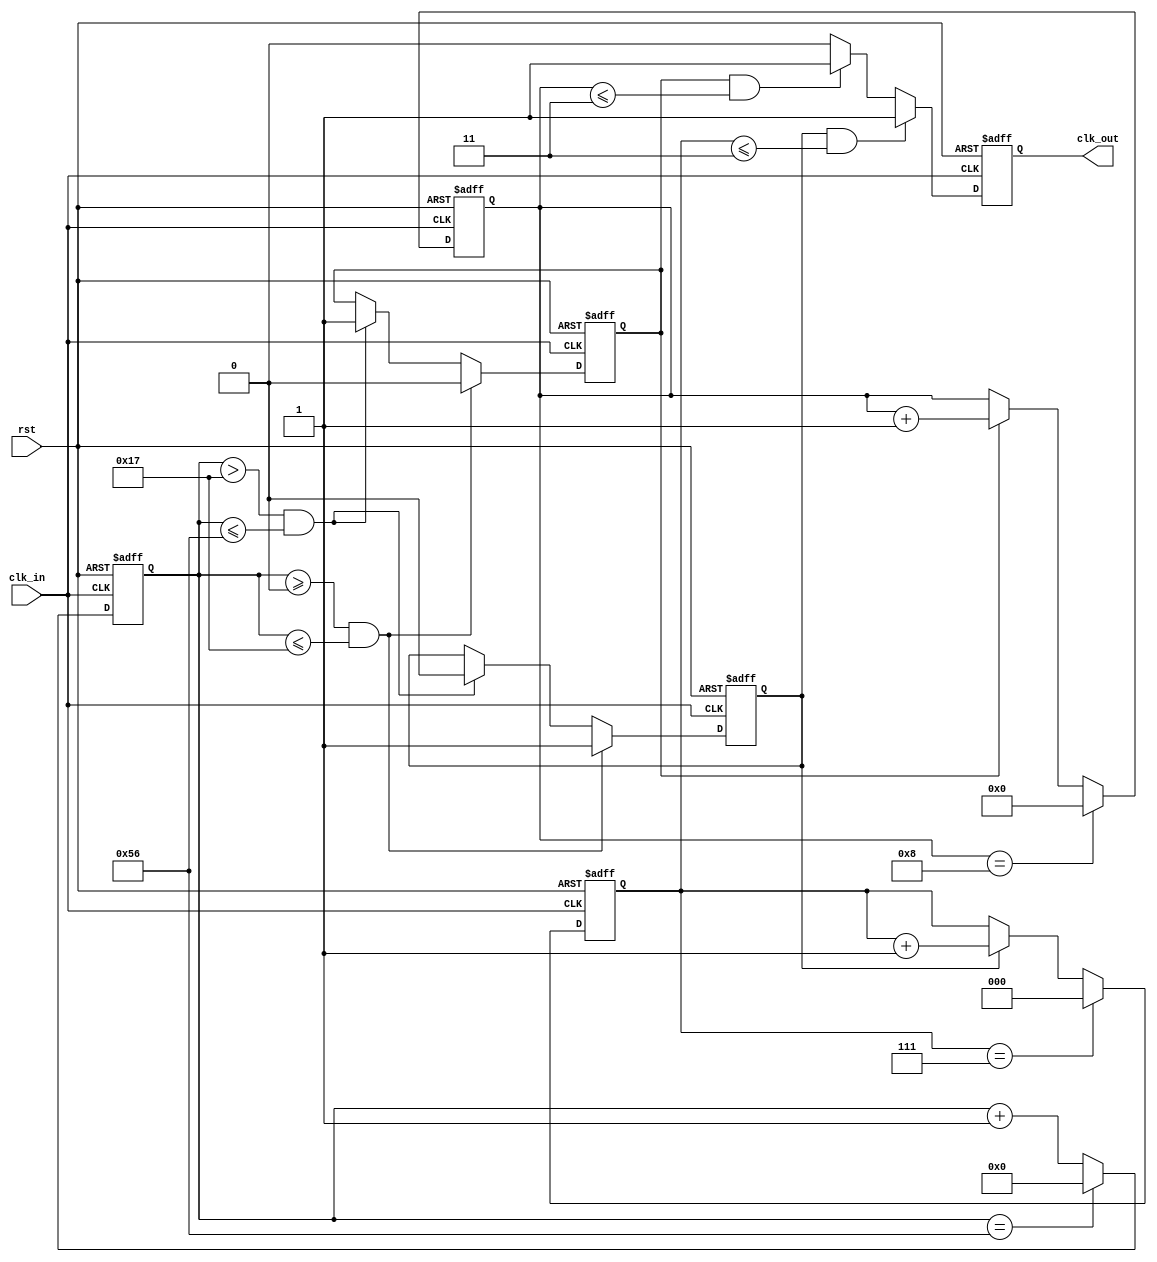
`timescale 1ns / 1ps
//////////////////////////////////////////////////////////////////////////////////
// Company: 
// Engineer: 
// 
// Design Name: 
// Module Name: div_M_N
// Project Name: 
// Target Devices: 
// Tool Versions: 
// Description: 
// 
// Dependencies: 
// 
// Revision:
// Revision 0.01 - File Created
// Additional Comments:
// 
//////////////////////////////////////////////////////////////////////////////////


module div_M_N(
    input   wire    clk_in,
    input   wire    rst,
    output  wire    clk_out
    );

parameter M_N = 8'd87; //clk_outclk_in
parameter c89 = 8'd24; // 8/9
parameter div_e = 5'd8; //
parameter div_o = 5'd9; //
parameter CLK_COUNTER_WIDTH = $clog2(M_N);
parameter EVEN_COUNTER_WIDTH = $clog2(div_e);
parameter ODD_COUNTER_WIDTH = $clog2(div_o);

reg                                 clk_outBuffer;
reg     [CLK_COUNTER_WIDTH - 1:0]   clkCounter;
reg     [EVEN_COUNTER_WIDTH - 1:0]  evenCounter;
reg     [ODD_COUNTER_WIDTH - 1:0]   oddCounter;
reg                                 evenCounterEna;
reg                                 oddCounterEna;

always @(posedge clk_in or negedge rst) 
    if(!rst)
        clkCounter <= {CLK_COUNTER_WIDTH{1'b0}};
    else if(clkCounter == M_N - 1)
        clkCounter <= {CLK_COUNTER_WIDTH{1'b0}};
    else
        clkCounter <= clkCounter + 1;

always @(posedge clk_in or negedge rst) 
    if(!rst)
        begin
            evenCounterEna = 1'b0;
            oddCounterEna = 1'b0;
        end
    else if(clkCounter >= 0 && clkCounter <= c89 - 1)
        begin
            evenCounterEna = 1'b1;
            oddCounterEna = 1'b0;
        end
    else if(clkCounter > c89 - 1 && clkCounter <= M_N - 1)
        begin
            evenCounterEna = 1'b0;
            oddCounterEna = 1'b1;
        end
    else
        begin
            evenCounterEna = evenCounterEna;
            oddCounterEna = oddCounterEna;
        end

always @(posedge clk_in or negedge rst) 
    if(!rst)
        evenCounter <= {EVEN_COUNTER_WIDTH{1'b0}};
    else if(evenCounter == div_e - 1)
        evenCounter <= {EVEN_COUNTER_WIDTH{1'b0}};
    else if(evenCounterEna)
        evenCounter <= evenCounter + 1;
    else
        evenCounter <= evenCounter;

always @(posedge clk_in or negedge rst) 
    if(!rst)
        oddCounter <= {ODD_COUNTER_WIDTH{1'b0}};
    else if(oddCounter == div_o - 1)
        oddCounter <= {ODD_COUNTER_WIDTH{1'b0}};
    else if(oddCounterEna)
        oddCounter <= oddCounter + 1;
    else
        oddCounter <= oddCounter;

// output
always @(posedge clk_in or negedge rst) 
    if(!rst)
        clk_outBuffer <= 1'b0;
    else if(evenCounterEna == 1 && evenCounter <= ((div_e >> 1) - 1))
        clk_outBuffer <= 1'b1;
    else if(oddCounterEna == 1 && oddCounter <= ((div_o >> 1) - 1))
        clk_outBuffer <= 1'b1;
    else
        clk_outBuffer <= 1'b0;

assign clk_out = clk_outBuffer;
// assign clk_out = (oddCounterEna == 1 && oddCounter <= ((div_o >> 1) - 1)) || (evenCounterEna == 1 && evenCounter <= ((div_e >> 1) - 1));


endmodule